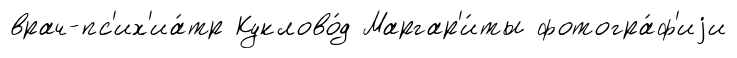
врач-пс'их'иа́тр Куклово́д Маргар'и́ты фотогра́ф'иjи